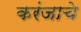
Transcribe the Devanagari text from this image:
करंजाचे